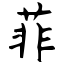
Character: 菲